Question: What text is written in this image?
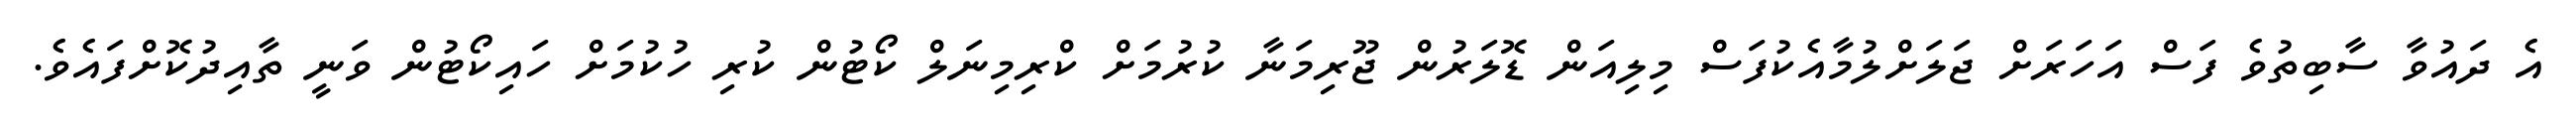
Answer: އެ ދައުވާ ސާބިތުވެ ފަސް އަހަރަށް ޖަލަށްލުމާއެކުފަސް މިލިއަން ޑޮލަރުން ޖޫރިމަނާ ކުރުމަށް ކްރިމިނަލް ކޯޓުން ކުރި ހުކުމަށް ހައިކޯޓުން ވަނީ ތާއިދުކޮށްފައެވެ.